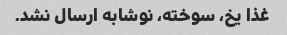
غذا یخ، سوخته، نوشابه ارسال نشد.